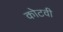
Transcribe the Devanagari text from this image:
कोटवी